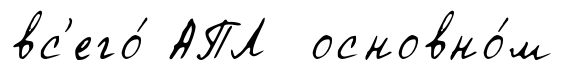
вс'его́ АПЛ основно́м